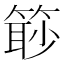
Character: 𥰚